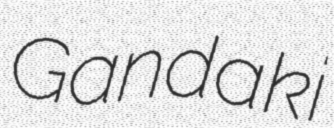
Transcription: Gandaki